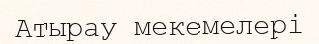
Атырау мекемелері